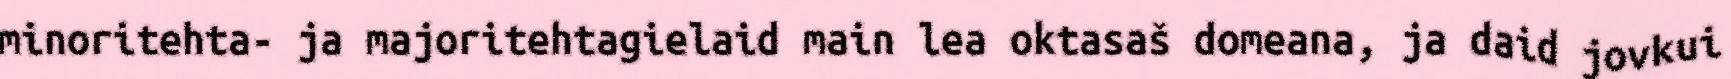
minoritehta- ja majoritehtagielaid main lea oktasaš domeana, ja daid jovkui